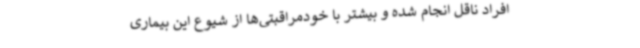
افراد ناقل انجام شده و بیشتر با خودمراقبتی‌ها از شیوع این بیماری